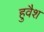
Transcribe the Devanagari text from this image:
हुवैश